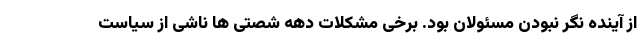
از آینده نگر نبودن مسئولان بود. برخی مشکلات دهه شصتی ها ناشی از سیاست